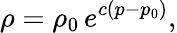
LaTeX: \rho=\rho_{0}\, e^{c(p-p_{0})},